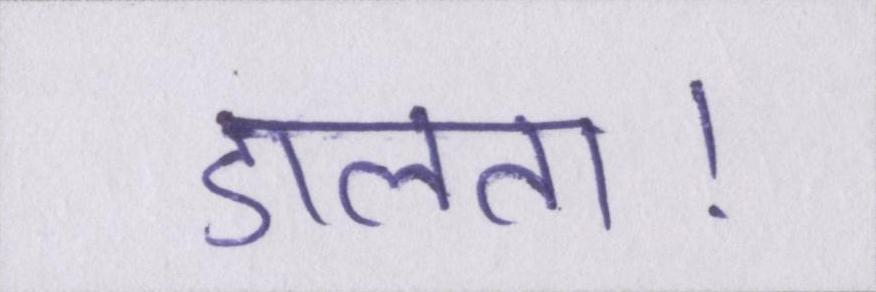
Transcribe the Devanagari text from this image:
डालता।